Report of the Indian Hemp Drugs Commission, 1894-1895 - Volume III
Year: 1894
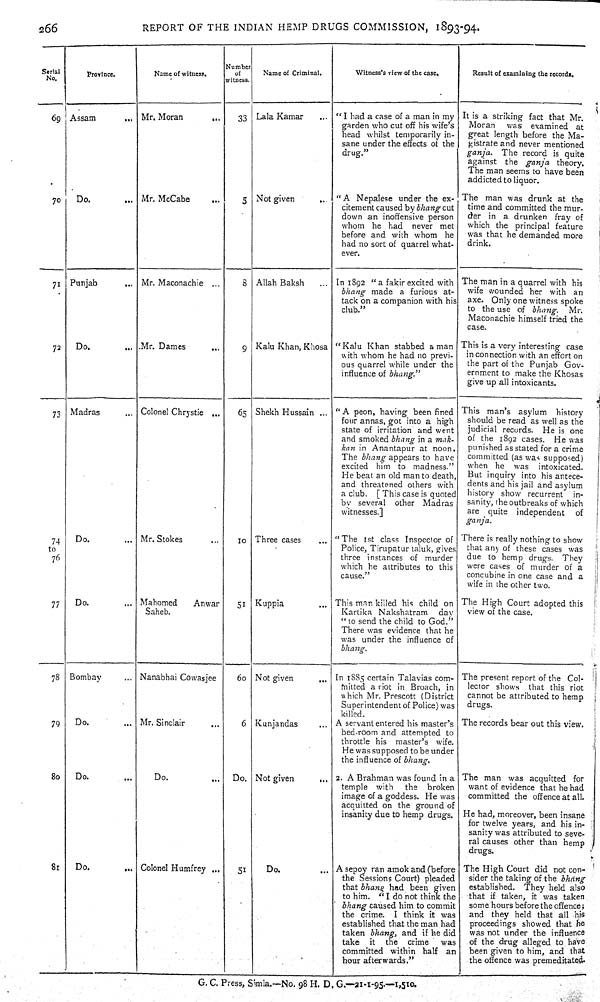
266
REPORT OF THE INDIAN HEMP DRUGS COMMISSION, 1893-94.
Serial
No.
Province.
Name of witness.
Number
of
witness.
Name of Criminal.
Witness's view of the case.
Result of examining the records.
69 Assam
Mr. Moran
33 Lala Kamar
"I had a case of a man in my
garden who cut off his wife's
head whilst temporarily in-
sane under the effects of the
drug."
It is a striking fact that Mr.
Moran was examined at
great length before the Ma-
gistrate and never mentioned
ganja.
The record is quite
against the ganja theory.
The man seems to have been
addicted to liquor.
70
Do.
Mr. MCCabe
5 Not given
"A Nepalese under the ex-
citement caused by bhang cut
down an inoffensive person
whom he had never met
before and with whom he
had no sort of quarrel what-
ever.
The man was drunk at the
time and committed the mur-
der in a drunken fray of
which the principal feature
was that he demanded more
drink.
71 Punjab
Mr. Maconachie
8 Allah Baksh
In 1892 "a fakir excited with
bhang made a furious at-
tack on a companion with his
club."
The man in a quarrel with his
wife wounded her with an
axe. Only one witness spoke
to the use of bhang.
Mr.
Maconachie himself tried the
case.
72
Do.
Mr. Dames
9 Kalu Khan, Khosa "Kalu Khan stabbed a man
with whom he had no previ-
ous quarrel while under the
influence of bhang."
This is a very interesting case
in connection with an effort on
the part of the Punjab Gov-
ernment to make the Khosas
give up all intoxicants.
73 Madras
Colonel Chrystie
65 Shekh Hussain
"A peon, having been fined
four annas, got into a high
state of irritation and went
and smoked bhang in a mak-
kan in Anantapur at noon.
The bhang appears to have
excited him to madness."
He beat an old man to death,
and threatened others with
a club. [ This case is quoted
by several other Madras
witnesses.]
This man's asylum history
should be read as well as the
judicial records. He is one
of the 1892 cases. He was
punished as stated for a crime
committed (as was supposed)
when he was intoxicated.
But inquiry into his antece-
dents and his jail and asylum
history show recurrent in-
sanity, the outbreaks of which
are quite independent of
ganja.
74
to
76
Do.
Mr. Stokes
10 Three cases
"The 1st class Inspector of
Police, Tirupatur taluk, gives
three instances of murder
which he attributes to this
cause."
There is really nothing to show
that any of these cases was
due to hemp drugs. They
were cases of murder of a
concubine in one case and a
wife in the other two.
77
Do.
Mahomed
Anwar
Saheb.
51 Kuppia
This man killed his child on
Kartika Nakshatram
day
"to send the child to God."
There was evidence that he
was under the influence of
bhang.
The High Court adopted this
view of the case.
78 Bombay
Nanabhai Cowasjee
60 Not given
In 1885 certain Talavias com-
mitted a riot in Broach, in
which Mr. Prescott (District
Superintendent of Police) was
killed.
The present report of the Col-
lector shows that this riot
cannot be attributed to hemp
drugs.
79
Do.
Mr. Sinclair
6 Kunjandas
A servant entered his master's
bed-room and attempted to
throttle his master's wife.
He was supposed to be under
the influence of bhang.
The records bear out this view.
80
Do.
Do.
Do. Not given
2. A Brahman was found in a
temple with the broken
image of a goddess. He was
acquitted on the ground of
insanity due to hemp drugs.
The man was acquitted for
want of evidence that he had
committed the offence at all.
He had, moreover, been insane
for twelve years, and his in-
sanity was attributed to seve-
ral causes other than hemp
drugs.
81
Do.
Colonel Humfrey
51
Do.
A sepoy ran amok and (before
the Sessions Court) pleaded
that bhang had been given
to him. "I do not think the
bhang caused him to commit
the crime. I think it was
established that the man had
taken bhang, and if he did
take it the crime
was
committed within half an
hour afterwards."
The High Court did not con-
sider the taking of the bhang
established. They held also
that if taken, it was taken
some hours before the offence;
and they held that all his
proceedings showed that he
was not under the influence
of the drug alleged to have
been given to him, and that
the offence was premeditated.
G. C. Press, Simla.—No. 98 H. D. G.—21-1-95.—1,510.